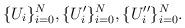
LaTeX: \begin{align*}\lbrace U_i \rbrace_{i=0}^N, \lbrace U'_i \rbrace_{i=0}^N, \lbrace U''_i \rbrace_{i=0}^N.\end{align*}